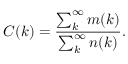
C ( k ) = \frac { \sum _ { k } ^ { \infty } m ( k ) } { \sum _ { k } ^ { \infty } n ( k ) } .